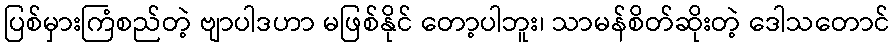
ပြစ်မှားကြံစည်တဲ့ ဗျာပါဒဟာ မဖြစ်နိုင် တော့ပါဘူး၊ သာမန်စိတ်ဆိုးတဲ့ ဒေါသတောင်